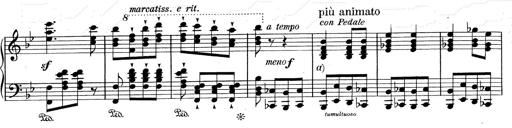
Title: RÃ©miniscences de Don Juan
Composer: Franz Liszt